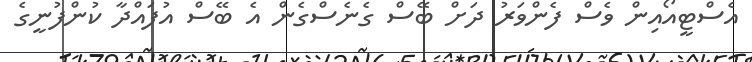
އެސްޓީއޯއިން ވެސް ފެންވަރު ދަށް ބޭސް ގެނެސްގެން އެ ބޭސް އުފައްދާ ކުންފުނީގެ